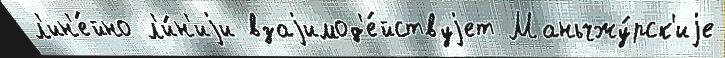
л'ин'е́йно л'и́н'иjи взаjимод'е́йствуjет Маньчжу́рск'иjе